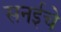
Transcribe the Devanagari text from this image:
सनईचे